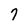
Character: 7